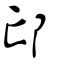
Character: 邙